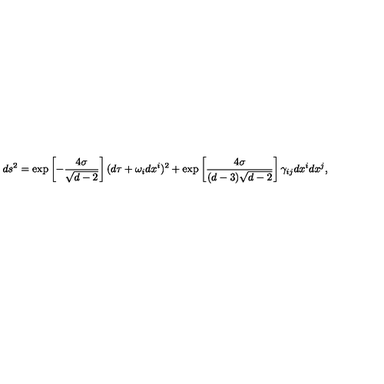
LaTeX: d s ^ { 2 } = \exp \left[ - \frac { 4 \sigma } { \sqrt { d - 2 } } \right] ( d \tau + \omega _ { i } d x ^ { i } ) ^ { 2 } + \exp \left[ \frac { 4 \sigma } { ( d - 3 ) \sqrt { d - 2 } } \right] \gamma _ { i j } d x ^ { i } d x ^ { j } ,